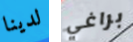
لدينا براغي